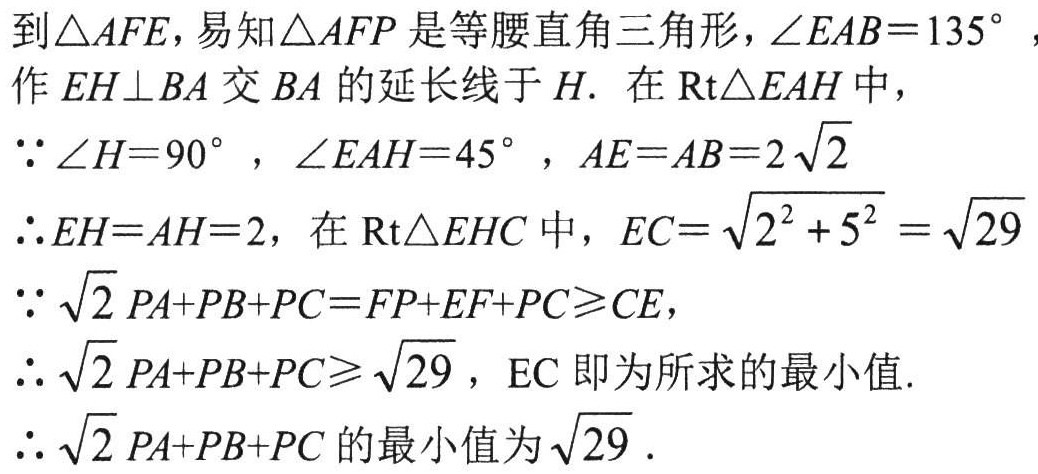
到\(\triangle AFE\)，易知\(\triangle AFP\)是等腰直角三角形，\(\angle EAB = 135^{\circ}\)，作 \(EH\perp BA\) 交 \(BA\) 的延长线于 \(H\). 在 \(\text{Rt}\triangle EAH\) 中，

\(\because \angle H = 90^{\circ}\)，\(\angle EAH = 45^{\circ}\)，\(AE = AB = 2\sqrt{2}\)

\(\therefore EH = AH = 2\)，在 \(\text{Rt}\triangle EHC\) 中，\(EC = \sqrt{2^{2} + 5^{2}} = \sqrt{29}\)

\(\because \sqrt{2}PA + PB + PC = FP + EF + PC\geqslant CE\)，

\(\therefore \sqrt{2}PA + PB + PC\geqslant \sqrt{29}\)，\(EC\) 即为所求的最小值.

\(\therefore \sqrt{2}PA + PB + PC\) 的最小值为 \(\sqrt{29}\).